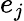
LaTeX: e_{j}